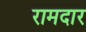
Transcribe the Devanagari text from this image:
रामदार